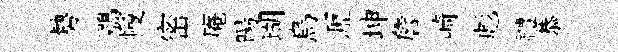
勢鶚幔密庵暘瑚烏瀝坤詹崎彪禮恭